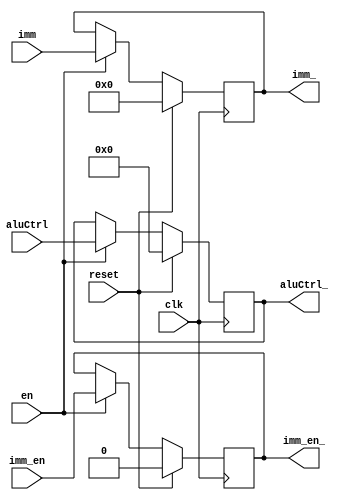
module latchAluIn(
input wire clk, 
input wire en,
input wire reset,		// reset sincronico con clk

input wire [9:0] aluCtrl,
input wire imm_en,   
input wire [31:0] imm,

output reg [9:0] aluCtrl_,
output reg imm_en_,
output reg [31:0] imm_
);



always @(posedge clk) begin
	if(reset) begin
		imm_ <= 0;
		imm_en_ <= 0; 
		aluCtrl_ <= 0;
	end
	else if (en) begin
		imm_ <= imm;
		imm_en_ <= imm_en; 
		aluCtrl_ <= aluCtrl;
    end
end

endmodule